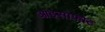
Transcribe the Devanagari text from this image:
आइसोफोट